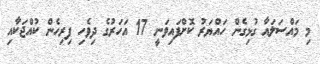
މި މައްސަލައާ ގުޅިގެން ހައްޔަރު ކޮށްފައިވަނީ 17 އަހަރުގެ ދިވެހި ފިރިހެން ކުއްޖަކާއި